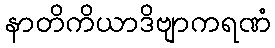
နာတိကိယာဒိဗျာကရဏံ